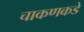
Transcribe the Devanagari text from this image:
चाकणकडे